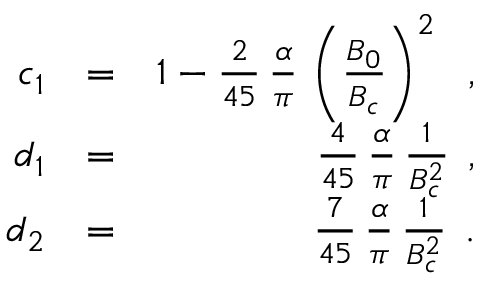
\begin{array} { r l r } { c _ { 1 } } & { = } & { 1 - \frac { 2 } { 4 5 } \, \frac { \alpha } { \pi } \, \left( \frac { B _ { 0 } } { B _ { c } } \right) ^ { 2 } \, \, \; , } \\ { d _ { 1 } } & { = } & { \frac { 4 } { 4 5 } \, \frac { \alpha } { \pi } \, \frac { 1 } { B _ { c } ^ { 2 } } \, \; , } \\ { d _ { 2 } } & { = } & { \frac { 7 } { 4 5 } \, \frac { \alpha } { \pi } \, \frac { 1 } { B _ { c } ^ { 2 } } \, \; . } \end{array}